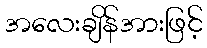
အလေးချိန်အားဖြင့်